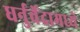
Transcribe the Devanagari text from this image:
धर्नुर्वेदामध्ये